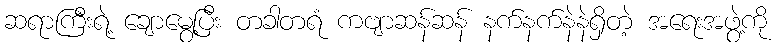
ဆရာကြီးရဲ့ ချောမွေ့ပြီး တခါတရံ ကဗျာဆန်ဆန် နက်နက်နဲနဲရှိတဲ့ အရေးအဖွဲ့ကို